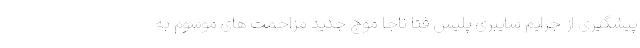
پیشگیری از جرایم سایبری پلیس فتا ناجا موج جدید مزاحمت های موسوم به